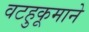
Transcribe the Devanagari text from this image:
वटहुकूमाने